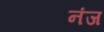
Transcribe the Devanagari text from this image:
नंज